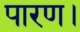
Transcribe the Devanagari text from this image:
पारण।